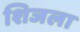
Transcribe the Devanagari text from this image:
शिजला